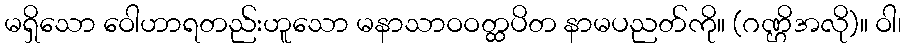
မရှိသော ဝေါဟာရတည်းဟူသော မနာသာဝဝတ္ထပိတ နာမပညတ်ကို။ (ဂဏ္ဌိအလို)။ ဝါ၊